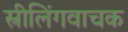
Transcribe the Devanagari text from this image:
स्त्रीलिंगवाचक